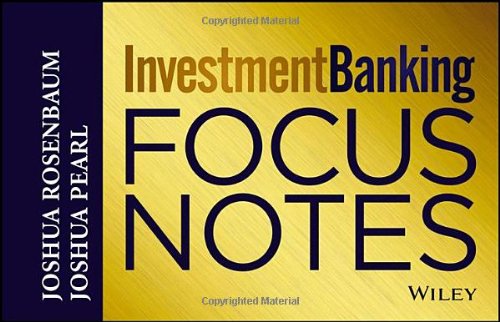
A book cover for Investment Banking Focus Notes; Joshua Rosenbaum; Business & Money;